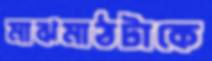
মাঝমাঠটাকে